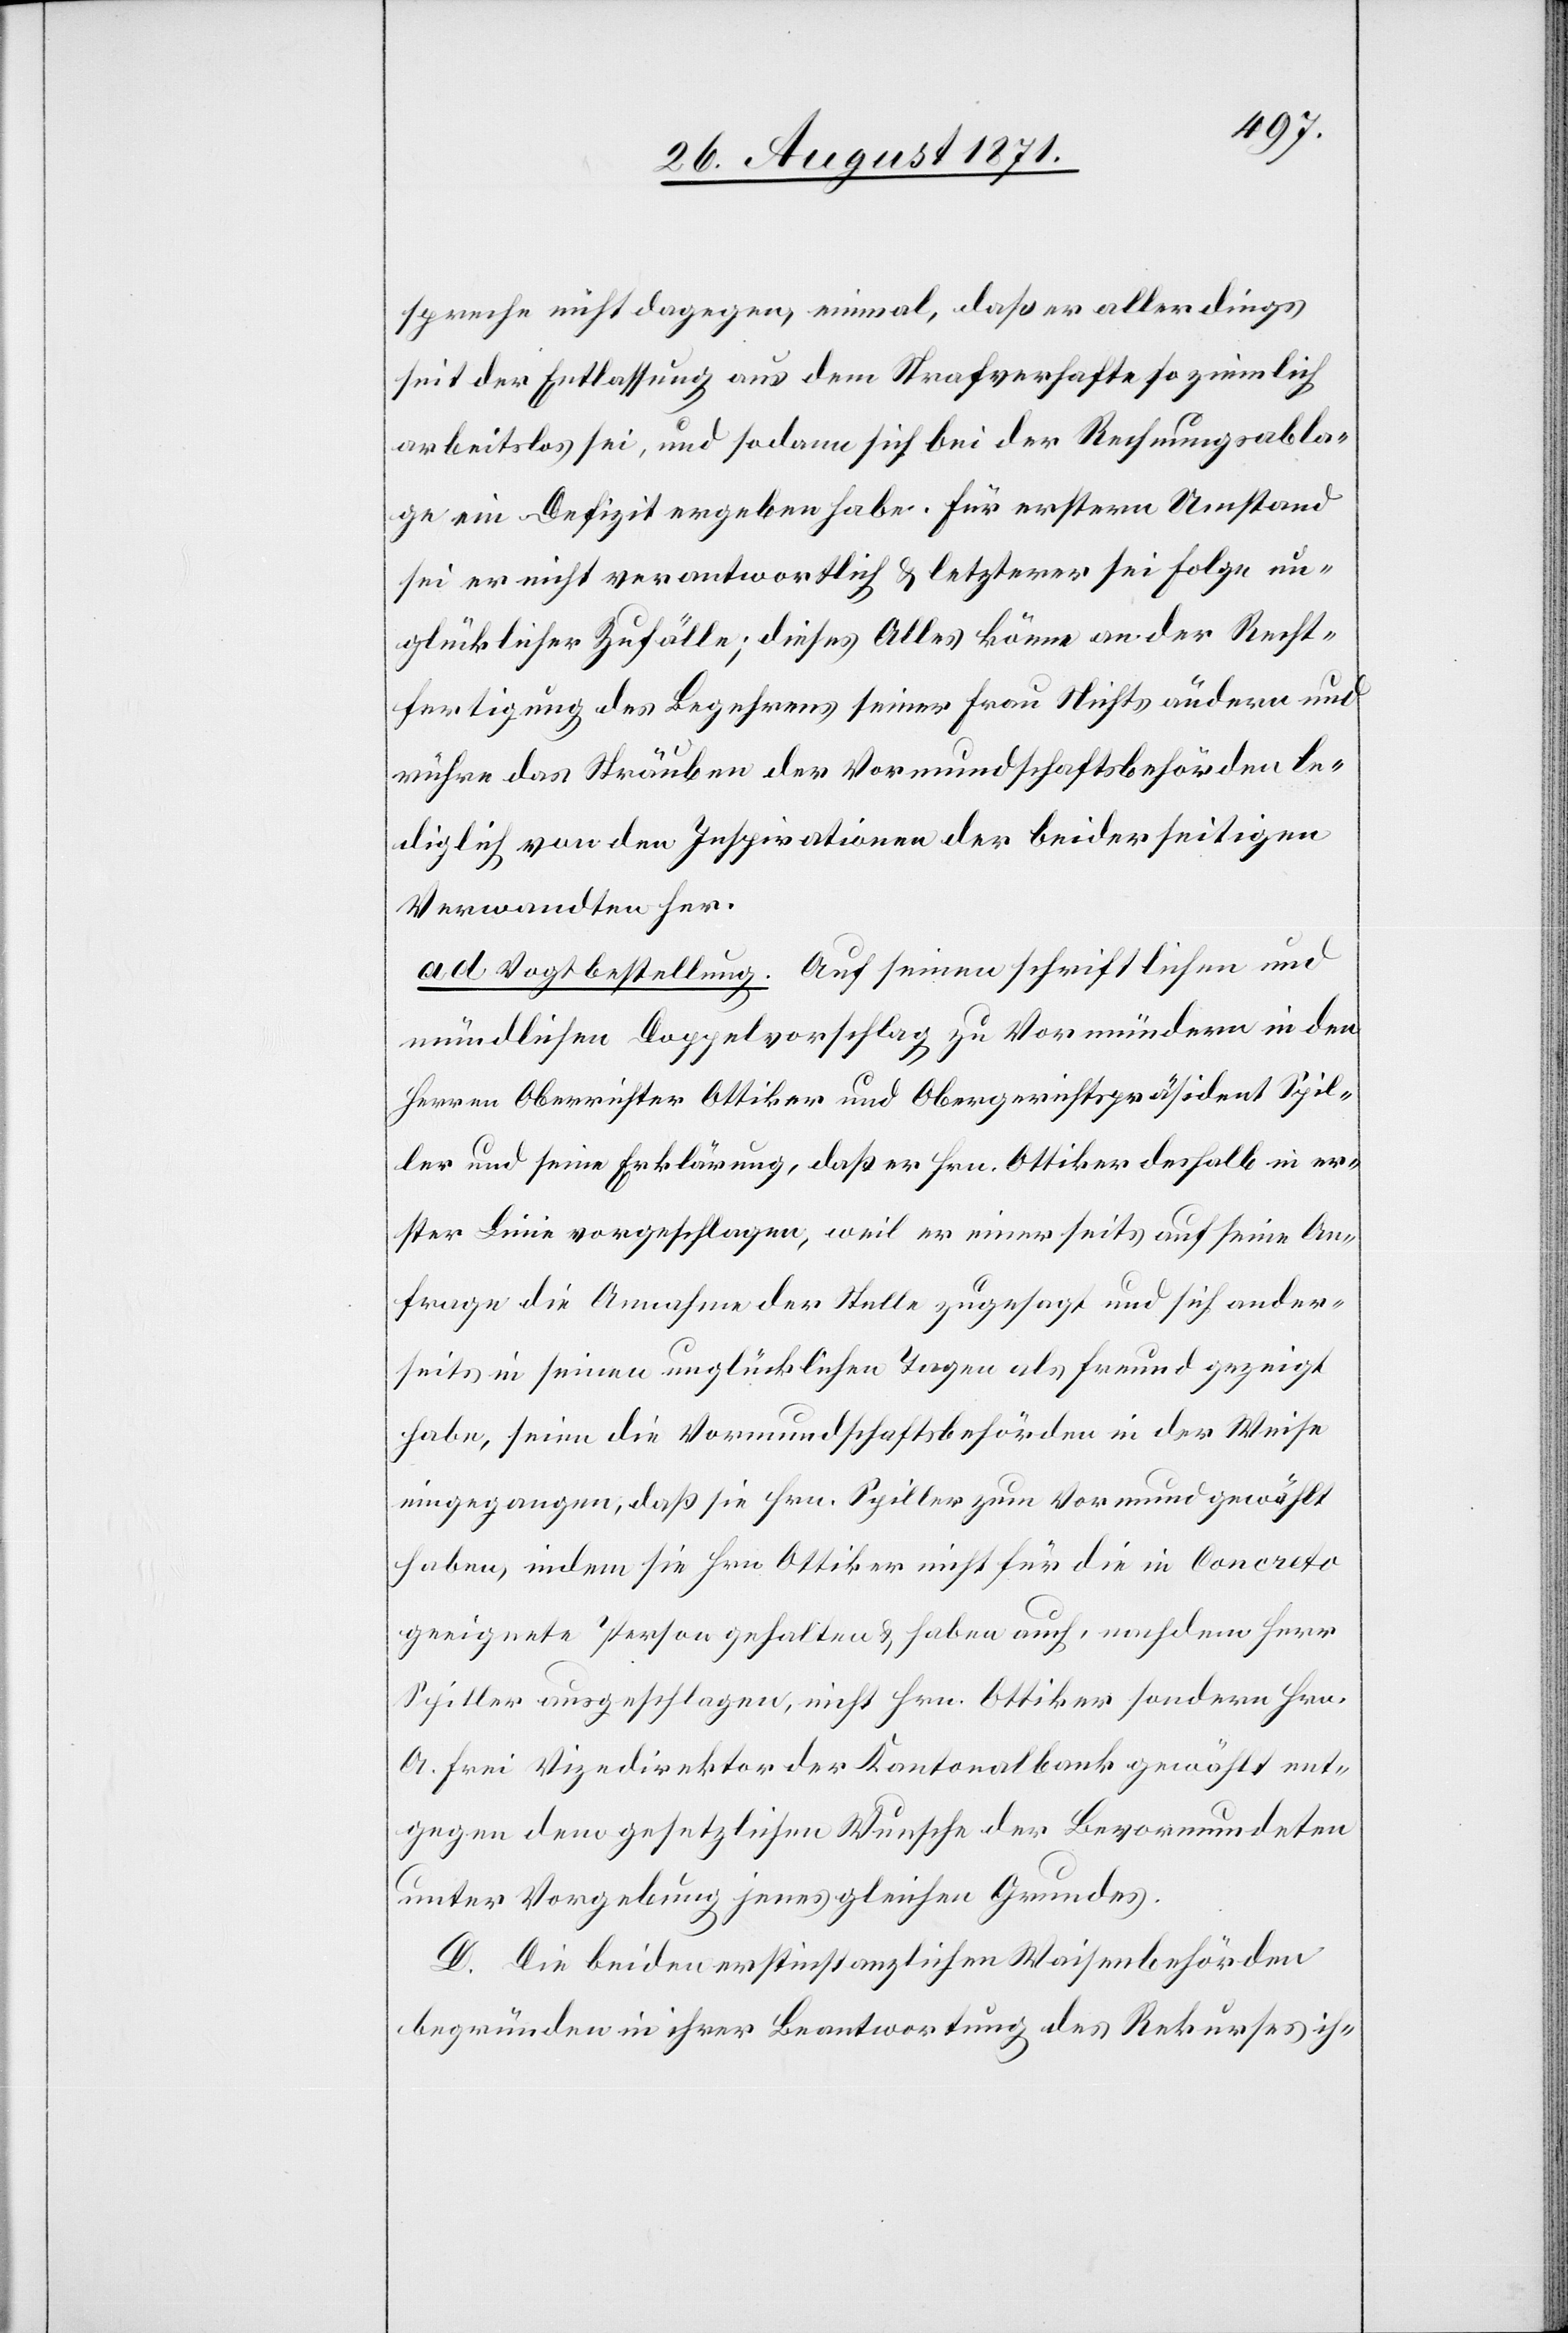
spreche nicht dagegen, einmal daß er allerdings
seit der Entlassung aus dem Strafverhafte so ziemlich
arbeitslos sei, und sodann sich bei der Rechnungsabla¬
ge ein Defizit ergeben habe. Für erstern Umstand
sei er nicht verantwortlich & letzterer sei Folge un¬
glücklicher Zufälle; dieses Alles könne an der Recht¬
fertigung des Begehrens seiner Frau Nichts ändern und
rühre das Sträuben der Vormundschaftsbehörden le¬
diglich von den Inspirationen der beiderseitigen
Verwandten her.
ad Vogtbestellung. Auf seinen schriftlichen und
mündlichen Doppelvorschlag zu Vormündern in den
Herren Oberrichter Ottiker und Obergerichtspräsident Spil¬
ler und seine Erklärung, daß er Hrn. Ottiker deshalb in er¬
ster Linie vorgeschlagen, weil er einerseits auf seine An¬
frage die Annahme der Stelle zugesagt und sich ander¬
seits in seinen unglücklichen Tagen als Freund gezeigt
habe, seien die Vormundschaftsbehörden in der Weise
eingegangen, daß sie Hrn. Spiller zum Vormund gewählt
haben, indem sie Hrn Ottiker nicht für die in Concreto
geeignete Person gehalten & haben auch, nachdem Herr
Spiller ausgeschlagen, nicht Hrn. Ottiker sondern Hrn.
A. Frei Vizedirektor der Kantonalbank gewählt ent¬
gegen dem gesetzlichen Wunsche der Bevormundeten
unter Vorgebung jenes gleichen Grundes.
D. Die beiden erstinstanzlichen Waisenbehörden
begründen in ihrer Beantwortung des Rekurses ih-